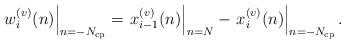
LaTeX: \begin{align*} \left.w^{(v)}_i(n)\right|_{n=-N_{\rm cp}}=\left.{x}^{(v)}_{i-1}(n)\right|_{n=N} - \left.x^{(v)}_{i}(n)\right|_{n=-N_{\rm cp}}.\end{align*}